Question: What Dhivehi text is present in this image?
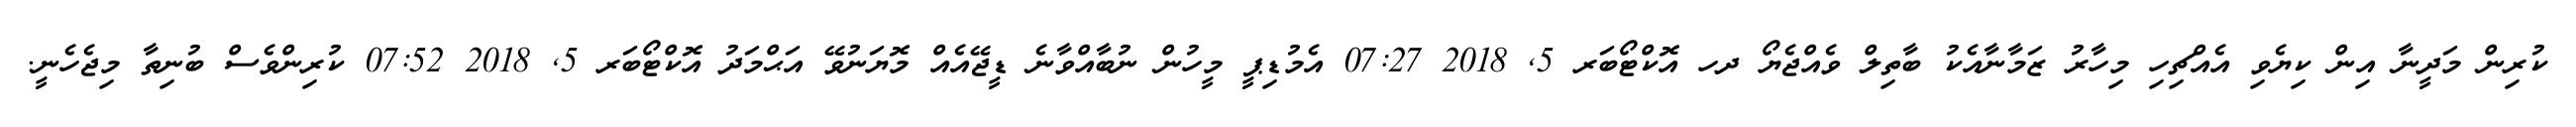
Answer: ކުރިން މަދީނާ އިން ކިޔެވި އެއްޗިހި މިހާރު ޒަމާނާއެކު ބާތިލް ވެއްޖެޔޯ ދހ އޮކްޓޯބަރ 5, 2018 07:27 އެމުޑިޕީ މީހުން ނުބާއްވާނެ ޑީޖޭއެއް މޮޔަނުވޭ އަޙްމަދު އޮކްޓޯބަރ 5, 2018 07:52 ކުރިންވެސް ބުނިތާ މިޖެހެނީ.